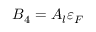
B _ { 4 } = A _ { l } \varepsilon _ { F }